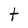
Character: t